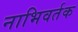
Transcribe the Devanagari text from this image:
नाभिवर्तक